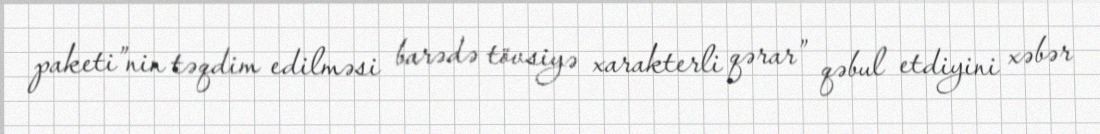
paketi”nin təqdim edilməsi barədə tövsiyə xarakterli qərar” qəbul etdiyini xəbər